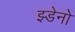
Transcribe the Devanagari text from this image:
झ्डेनो